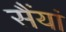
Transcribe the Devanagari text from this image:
सैंयां